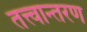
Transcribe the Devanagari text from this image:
तत्त्वान्तरण